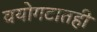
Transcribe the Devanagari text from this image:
वयोगटातही